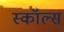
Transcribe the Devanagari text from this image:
स्कॉल्स